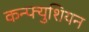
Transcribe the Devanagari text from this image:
कन्फ्युशियन